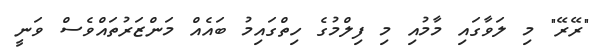
"ރޭރޭ" މި ލަވާގައި މާމުއި މި ފިލްމުގެ ހިތްގައިމު ބައެއް މަންޒަރުތައްވެސް ވަނީ